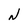
Character: N